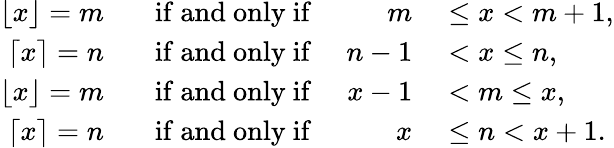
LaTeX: \begin{array}{rlrl}{\lfloor x\rfloor=m}&{{}\; \; {\mathrm{~if~and~only~if~}}}&{m}&{{}\leq x<m+1,}\\ {\lceil x\rceil=n}&{{}\; \; {\mathrm{~if~and~only~if~}}}&{n-1}&{{}<x\leq n,}\\ {\lfloor x\rfloor=m}&{{}\; \; {\mathrm{~if~and~only~if~}}}&{x-1}&{{}<m\leq x,}\\ {\lceil x\rceil=n}&{{}\; \; {\mathrm{~if~and~only~if~}}}&{x}&{{}\leq n<x+1.}\end{array}